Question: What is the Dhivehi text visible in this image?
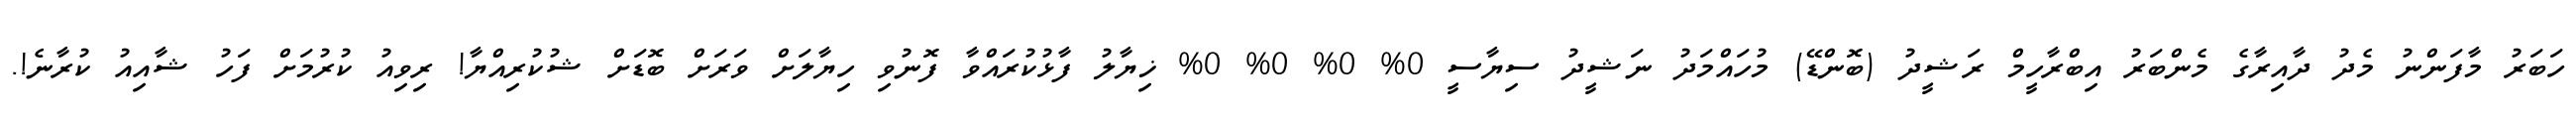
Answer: ހަބަރު މާފަންނު މެދު ދާއިރާގެ މެންބަރު އިބްރާހީމް ރަޝީދު (ބޮންޑޭ) މުހައްމަދު ނަޝީދު ސިޔާސީ 0% 0% 0% 0% ޚިޔާލު ފާޅުކުރައްވާ ފޮނުވި ހިޔާލަށް ވަރަށް ބޮޑަށް ޝުކުރިއްޔާ! ރިވިއު ކުރުމަށް ފަހު ޝާއިއު ކުރާނެ!.